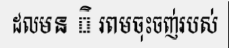
ដលមន ិ រពមចុះចញ់របស់